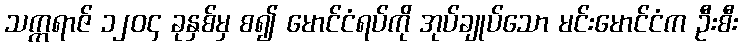
သက္ကရာဇ် ၁၂၀၄ ခုနှစ်မှ စ၍ မောင်ငံရပ်ကို အုပ်ချုပ်သော မင်းမောင်ငံက ဦးစီး